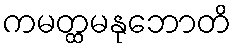
ကမတ္ထမနုဘောတိ